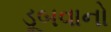
ડૂબવાનો